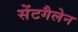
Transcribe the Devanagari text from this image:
सेंटगैलेन